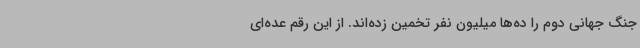
جنگ جهانی دوم را ده‌ها میلیون نفر تخمین زده‌اند. از این رقم عده‌ای